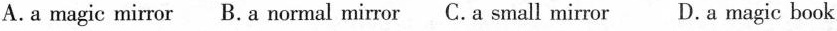
A.a magic mirror B. a normal mirror C. a small mirror D.a magic book